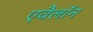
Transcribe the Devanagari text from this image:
एवैलॉन